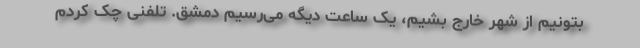
بتونیم از شهر خارج بشیم، یک ساعت دیگه می‌رسیم دمشق. تلفنی چک کردم